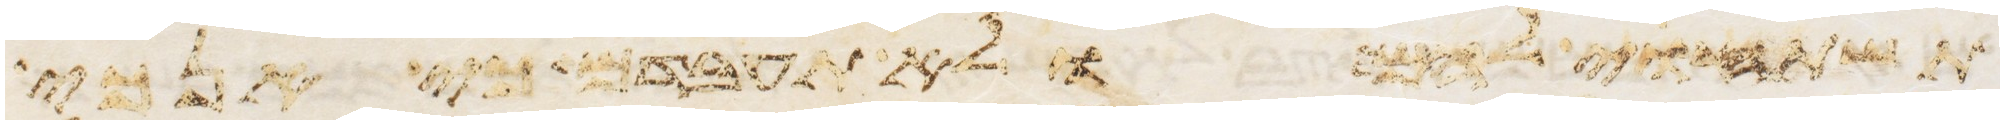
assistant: תשתחוה להם ולא תעבדם כי אנכי